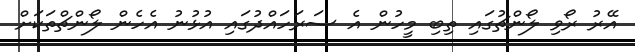
އޭރު ރޯވި ލޯންޗުގައި ތިބި މީހުން އެ ސަރަހައްދުގައި އުޅުނު އެހެން ލޯންޗްތަކަށް